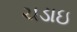
ચડાઇ